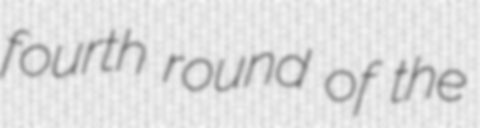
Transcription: fourth round of the